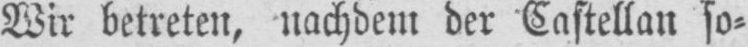
Wir betreten, nachdem der Castellan so⸗